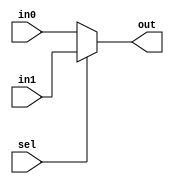
// This program was cloned from: https://github.com/MahmouodMagdi/Clock-Domain-Crossing-Synchronizers
// License: MIT License

module MUX_2X1 (

	input  wire in0,
	input  wire in1,
	input  wire sel,
	output wire out
 
);

assign out = (sel==1) ? in1 : in0;

endmodule